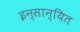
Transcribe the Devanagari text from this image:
इन्सान्यित